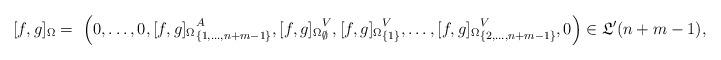
LaTeX: \begin{align*} [f,g]_\Omega= \ \Big(0,\ldots,0,{[f,g]_{\Omega}}^A_{\{1,\ldots,n+m-1\}}, {[f,g]_{\Omega}}^V_{\emptyset}, {[f,g]_{\Omega}}^V_{\{1\}},\ldots,{[f,g]_{\Omega}}^V_{\{2,\ldots,n+m-1\}},0\Big) \in\frak{L}'(n+m-1) ,\end{align*}